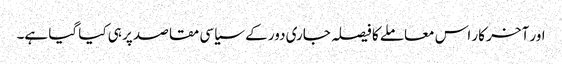
اور آخر کار اس معاملے کا فیصلہ جاری دور کے سیاسی مقاصد پر ہی کیا گیا ہے۔